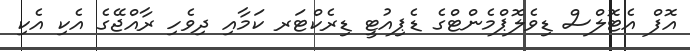
އޮފް އެޓޮލްސް ޑިވެލޮޕްމެންޓްގެ ޑެޕިއުޓީ ޑިރެކްޓަރ ކަމާއި ދިވެހި ރާއްޖޭގެ އެކި އެކި